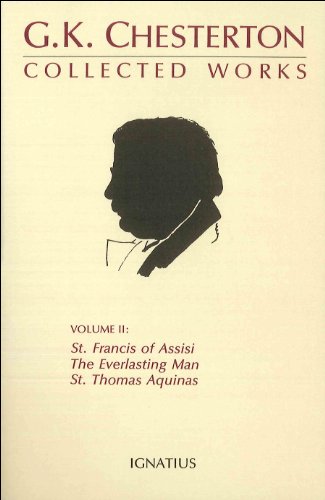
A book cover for The Collected Works of G.K. Chesterton, Volume 2 : The Everlasting Man, St. Francis of Assisi, St Thomas Aquinas; G. K. Chesterton; Literature & Fiction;